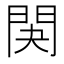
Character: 䦑